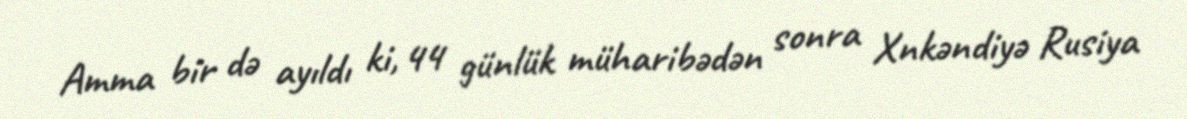
Amma bir də ayıldı ki, 44 günlük müharibədən sonra Xnkəndiyə Rusiya